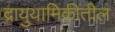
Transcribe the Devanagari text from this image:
द्रायुयामिकीतील